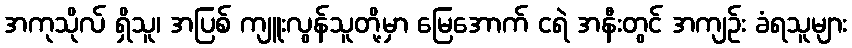
အကုသိုလ် ရှိသူ၊ အပြစ် ကျူးလွန်သူတို့မှာ မြေအောက် ငရဲ အနီးတွင် အကျဉ်း ခံရသူများ